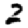
Digit: 2